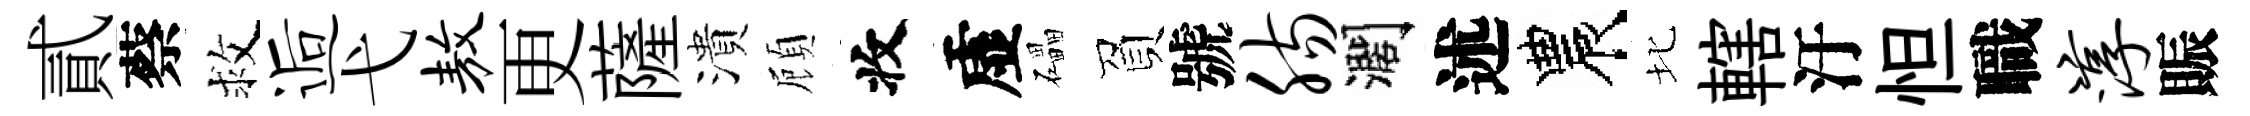
貳蔡救逅弋敖更薩潰頋收虚礧負號肠濶述農北轄汙怛職淳賑